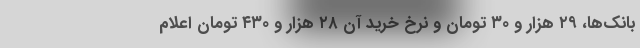
بانک‌ها، ۲۹ هزار و ۳۰ تومان و نرخ خرید آن ۲۸ هزار و ۴۳۰ تومان اعلام